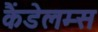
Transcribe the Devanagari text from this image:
कैंडेलम्स